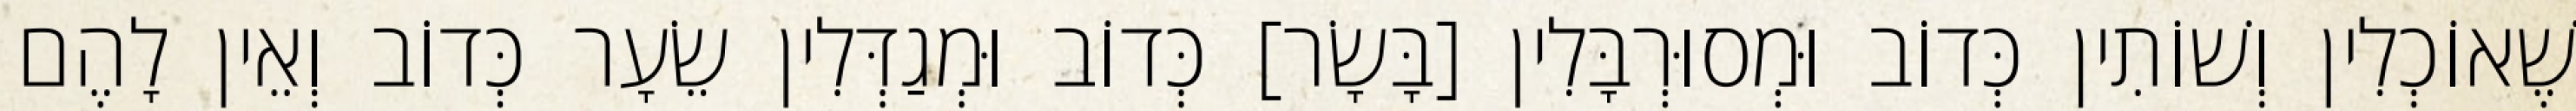
שֶׁאוֹכְלִין וְשׁוֹתִין כְּדוֹב וּמְסוּרְבָּלִין [בָּשָׂר] כְּדוֹב וּמְגַדְּלִין שֵׂעָר כְּדוֹב וְאֵין לָהֶם